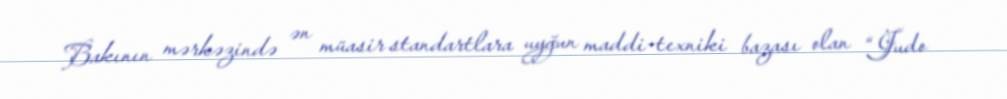
Bakının mərkəzində ən müasir standartlara uyğun maddi-texniki bazası olan “Judo